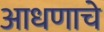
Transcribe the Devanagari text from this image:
आधणाचे